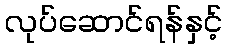
လုပ်ဆောင်ရန်နှင့်